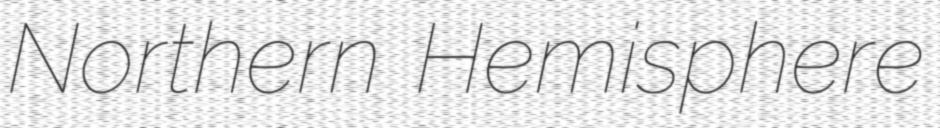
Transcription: Northern Hemisphere